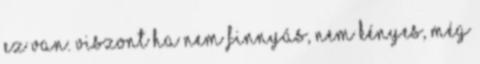
ez van. Viszont ha nem finnyás, nem kényes, még